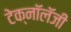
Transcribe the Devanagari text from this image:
टेक्नॉलॅजी